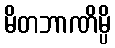
မိတဘာဏိမ္ပိ